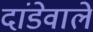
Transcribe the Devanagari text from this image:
दांडेवाले